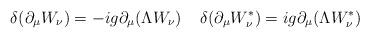
LaTeX: \begin{align*}\delta (\partial _{\mu} W_{\nu}) =-i g \partial _{\mu} (\Lambda W_{\nu})\; \; \; \;\delta (\partial _{\mu} W_{\nu} ^{\ast}) =i g \partial_{\mu} (\Lambda W_{\nu } ^{\ast} )\end{align*}